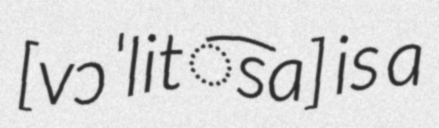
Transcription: [vɔˈlit͡sa] is a